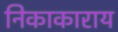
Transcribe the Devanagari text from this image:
निकाकाराय